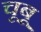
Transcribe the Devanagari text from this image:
चूबू